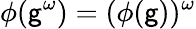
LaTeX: \phi(\mathsf{g}^{\omega})=(\phi(\mathsf{g}))^{\omega}